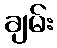
ချမ်း